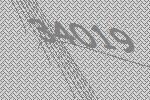
34019